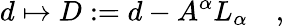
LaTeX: d\mapsto D:=d-A^{\alpha}L_{\alpha}\quad,